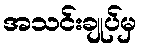
အသင်းချုပ်မှ